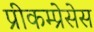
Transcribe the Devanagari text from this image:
प्रीकम्प्रेसेस